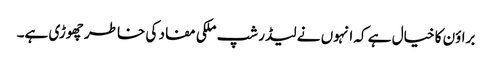
براؤن کا خیال ہے کہ انہوں نے لیڈر شپ ملکی مفاد کی خاطر چھوڑی ہے۔